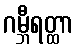
ဂမ္ဘီရတ္ထာ